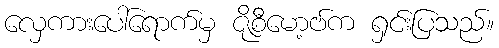
လှေကားပေါ်ရောက်မှ ဇိုစီမော့ဗ်က ရှင်းပြသည်။